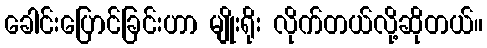
ခေါင်းပြောင်ခြင်းဟာ မျိုးရိုး လိုက်တယ်လို့ဆိုတယ်။